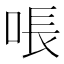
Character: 𫪛